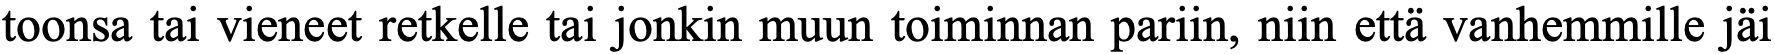
toonsa tai vieneet retkelle tai jonkin muun toiminnan pariin, niin että vanhemmille jäi